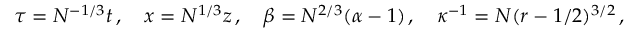
\tau = N ^ { - 1 / 3 } t \, , \quad x = N ^ { 1 / 3 } z \, , \quad \beta = N ^ { 2 / 3 } ( \alpha - 1 ) \, , \quad \kappa ^ { - 1 } = N ( r - 1 / 2 ) ^ { 3 / 2 } \, ,